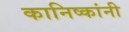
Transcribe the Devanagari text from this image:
कानिष्कांनी